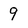
Character: 9